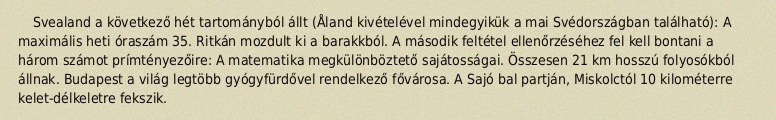
Svealand a következő hét tartományból állt (Åland kivételével mindegyikük a mai Svédországban található): A maximális heti óraszám 35. Ritkán mozdult ki a barakkból. A második feltétel ellenőrzéséhez fel kell bontani a három számot prímtényezőire: A matematika megkülönböztető sajátosságai. Összesen 21 km hosszú folyosókból állnak. Budapest a világ legtöbb gyógyfürdővel rendelkező fővárosa. A Sajó bal partján, Miskolctól 10 kilométerre kelet-délkeletre fekszik.